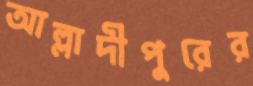
আল্লাদীপুরের